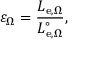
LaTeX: \varepsilon _ { \Omega } = { \frac { L _ { \mathrm { e } , \Omega } } { L _ { \mathrm { e } , \Omega } ^ { \circ } } } ,